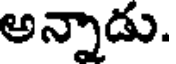
అన్నాడు.